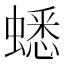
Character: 蟋